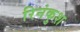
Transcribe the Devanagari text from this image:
रिनंकुश